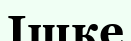
Ішке